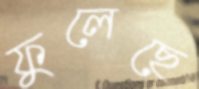
ফুলেছে